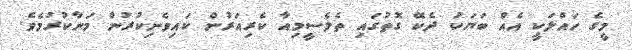
މީގެ ހައްލަކީ އެއް ބަޔަކު ދެކޭ ގޮތުގައި ތެލެސީމިއާ ކެރިއަރުން ކައިވެނިކުރުން މަނާކުރުމެވެ.